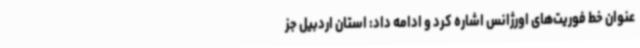
عنوان خط فوریت‌های اورژانس اشاره کرد و ادامه داد: استان اردبیل جز